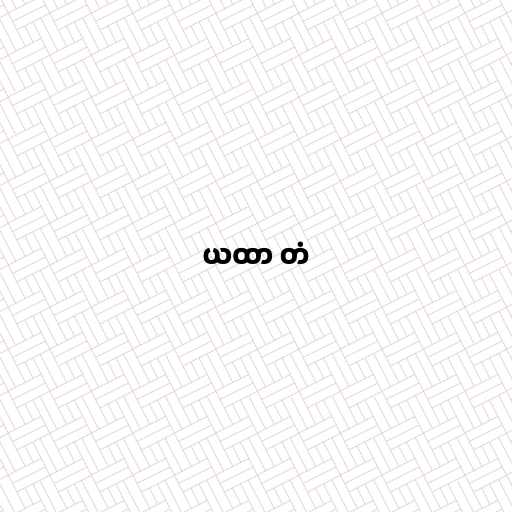
ယထာ တံ